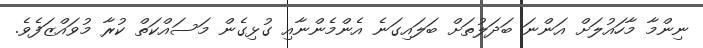
ނިންމާ މާހައުލަށް އަންނަ ބަދަލުތަށް ބަލައިގަނެ އެންމެންނާއި ގުޅިގެން މަސައްކަތް ކުރާ މުވައްޒަފެވެ.